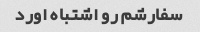
سفارشم رو اشتباه اورد